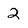
Character: 2